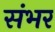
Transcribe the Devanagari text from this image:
संभर